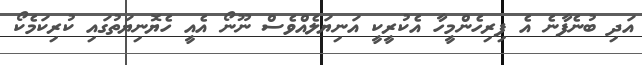
އަދި ބުނެފާނެ އެ ފިރިހެންމީހާ އެކުރީކީ އަނިޔަލެއްވެސް ނޫނޯ އެއީ ހެޔޮނިޔަތުގައި ކުރިކަމެކޯ